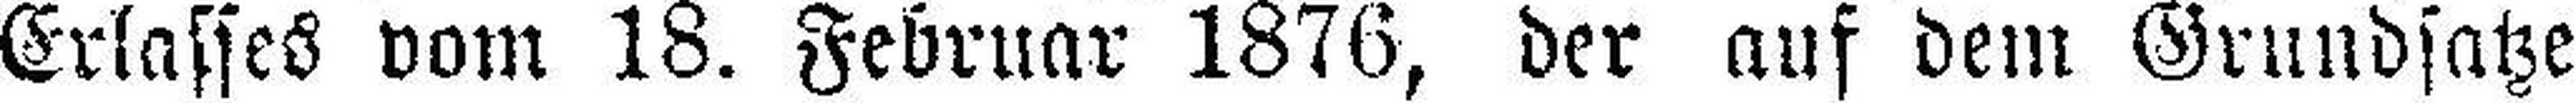
Erlasses vom 18. Februar 1876, der auf dem Grundsatze